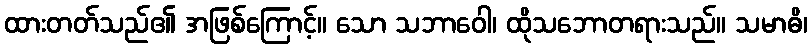
ထားတတ်သည်၏ အဖြစ်ကြောင့်။ သော သဘာဝေါ၊ ထိုသဘောတရားသည်။ သမာဓိ၊